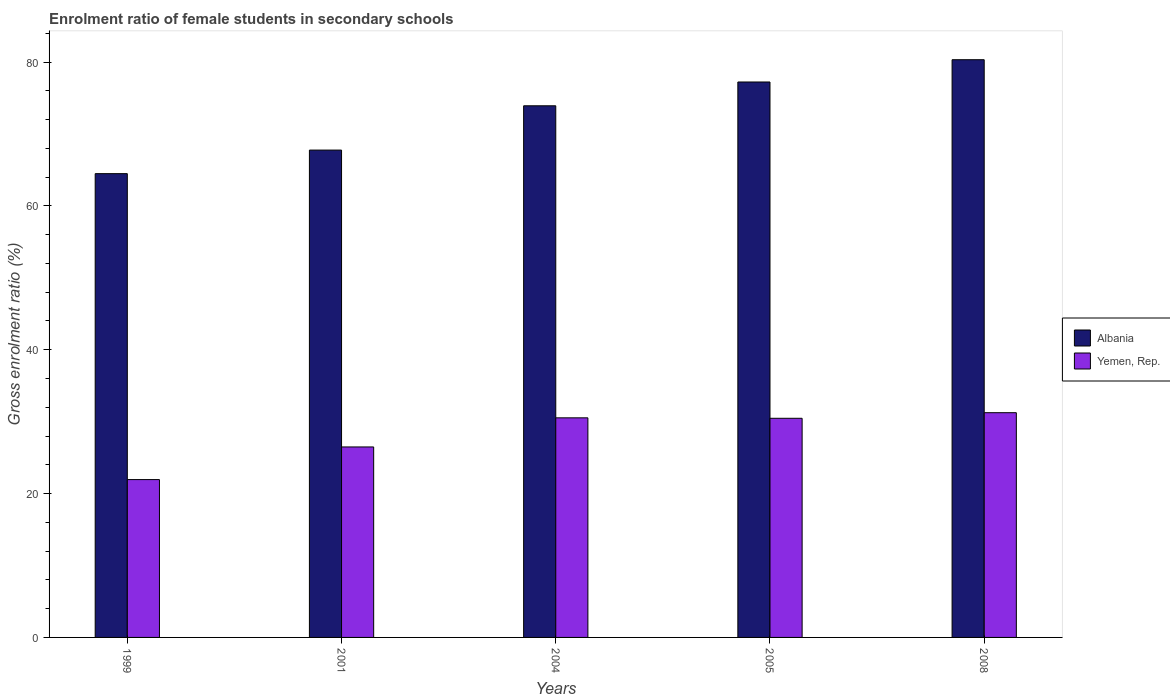
| Years | Albania | Yemen, Rep. |
 | --- | --- | --- |
 | 1999 | 64.5 | 21.9 |
 | 2001 | 67.8 | 26.5 |
 | 2004 | 73.9 | 30.5 |
 | 2005 | 77.2 | 30.5 |
 | 2008 | 80.3 | 31.2 |